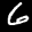
Label: 6